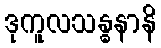
ဒုကူလသန္ဓနာနိ